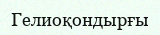
Гелиоқондырғы